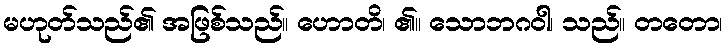
မဟုတ်သည်၏ အဖြစ်သည်။ ဟောတိ၊ ၏။ သောဘဂဝါ၊ သည်။ တတော၊